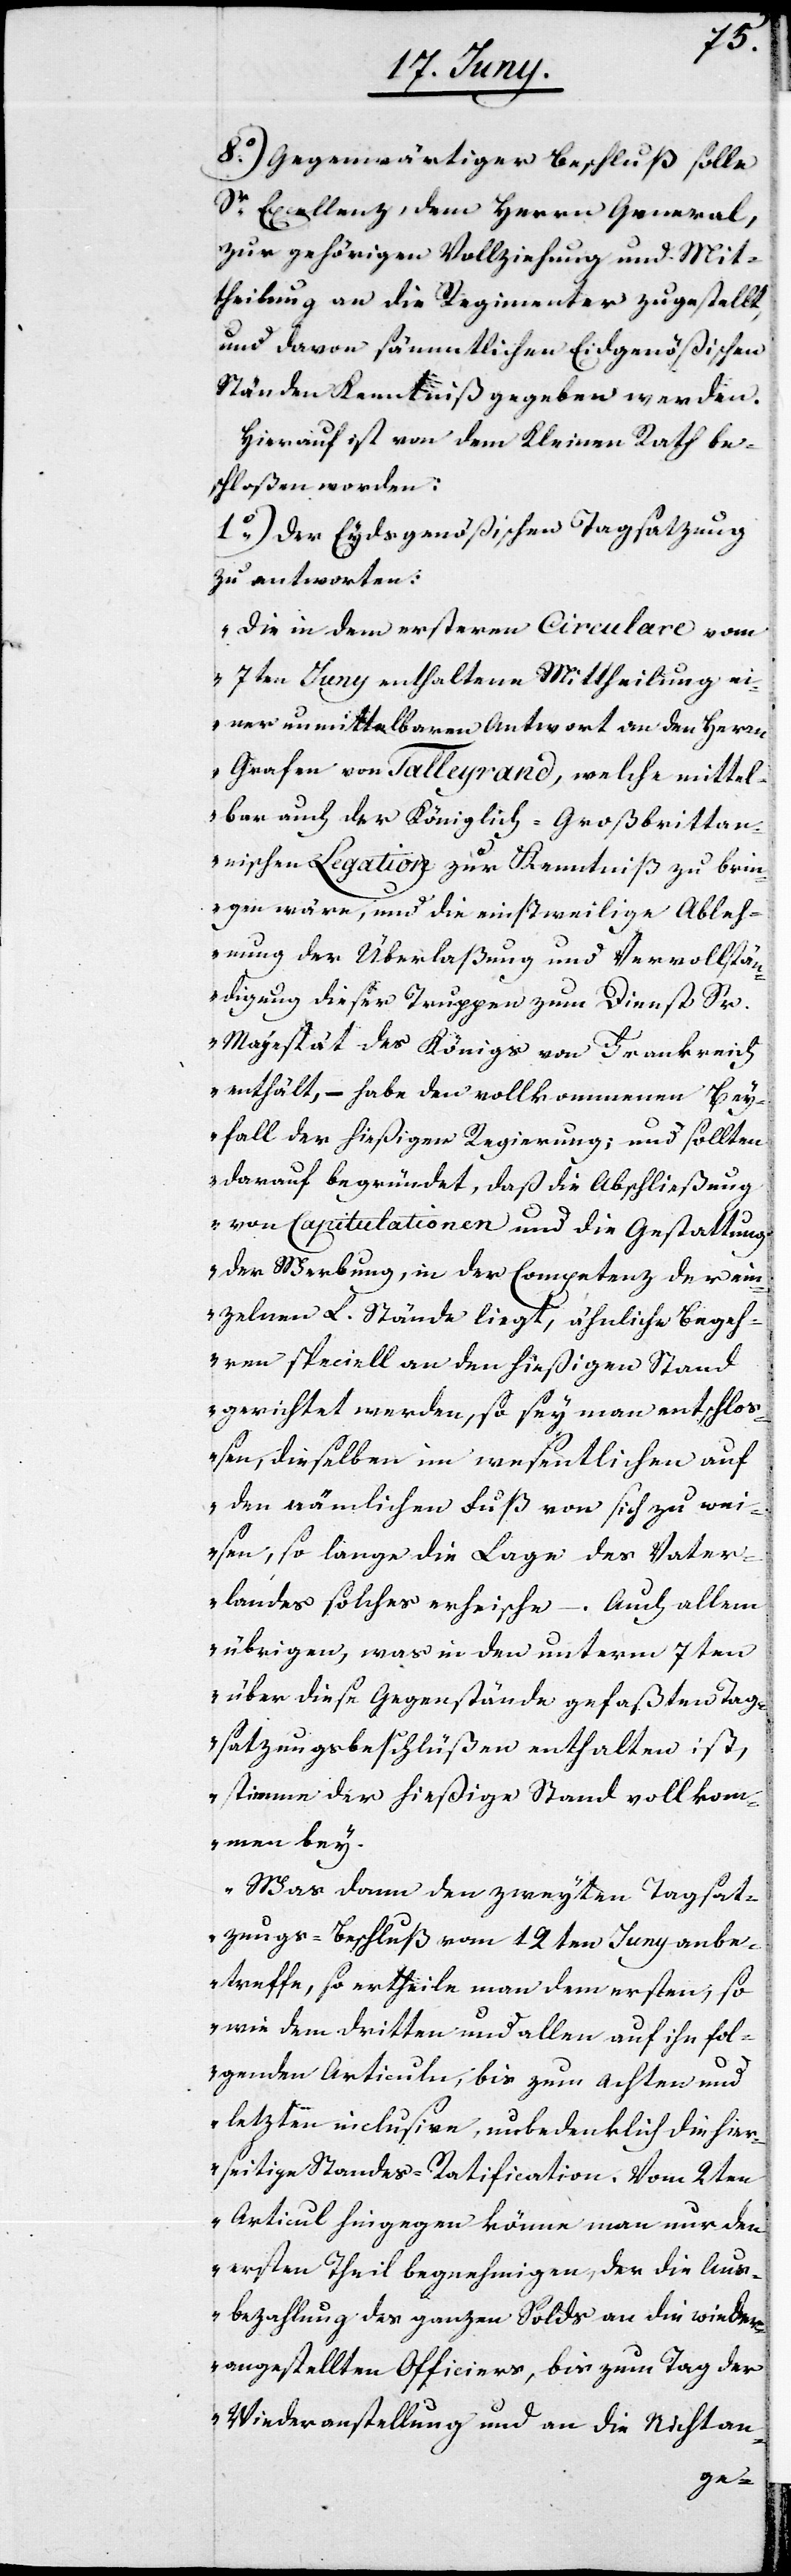
8o) Gegenwärtiger Beschluß solle
Sr Excellenz, dem Herrn General,
zur gehörigen Vollziehung und Mit¬
theilung an die Regimenter zugestellt,
und davon sämmtlichen Eidgenößischen
Ständen Kenntniß gegeben werden.
Hierauf ist von dem Kleinen Raths be¬
schloßen worden:
1o) Der Eydsgenößischen Tagsatzung
zu antworten:
„Die in dem ersteren Circulare vom
7ten Juny enthaltene Mittheilung ei¬
ner unmittelbaren Antwort an den
Grafen von Talleyrand, welche mittel¬
bar auch der Königlich-Großbrittan¬
nischen Legation zur Kenntniß zu brin¬
gen wäre, und die einstweilige Ables¬
ung der Überlaßung und Vervollstä¬
ndigung dieser Truppen zum Dienst Sr.
Majestät des Königs von Frankreich
enthält, – habe den vollkommenen Bey¬
fall der hießigen Regierung; und sollten
darauf begründet, daß die Abschließung
von Capitulationen und die Gestattung
der Werbung, in der Competenz der ein¬
zelnen L. Stände liegt, ähnliche Begeh¬
ren speciell an den hießigen Stand
gerichtet werden, so sey man entschloß¬
en, dieselben im wesentlichen auf
den nämlichen Fuß von sich zu wei¬
sen, so lange die Lage des Vater¬
landes solches erheische –. Auch allem
übrigen, was in den unterm 7ten
über diese Gegenstände gefaßten Tag¬
satzungsbeschlüßen enthalten ist,
stimme der hießige Stand vollkom¬
men bey.
Was dann den zweyten Tagsat¬
zungsbeschluß vom 12ten Juny anbe¬
treffe, so ertheile man dem ersten, so
wie dem dritten und allen auf ihn fol¬
genden Articuln, bis zum Achten und
letzten inclusive, unbedenklich die hier¬
seitige Standes-Ratification. Vom 2ten
Articul hingegen könne man nur den
ersten Theil begnehmigen, den die Aus¬
bezahlung des ganzen Sold an die wieder¬
angestellten Officiers, bis zum Tag der
Wiederanstellung und an die Nichtan-